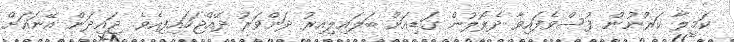
ކަމީލާ ކަރުނުން ފުސްވެފައިވާ ދެލޮލުން ގަޑިއަށް ބަލައިލިއިރު ދަންވަރު ދޭއްޖަހައިފިއެވެ. ޖައިދަން އޭނައަށް